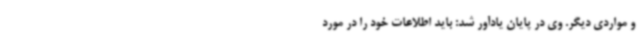
و مواردی دیگر. وی در پایان یادآور شد: باید اطلاعات خود را در مورد